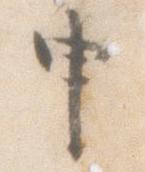
申